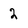
Character: 2